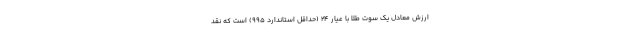
ارزش معادل یک سوت طلا با عیار ۲۴ (حداقل استاندارد ۹۹۵) است که نقد